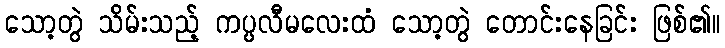
သော့တွဲ သိမ်းသည့် ကပ္ပလီမလေးထံ သော့တွဲ တောင်းနေခြင်း ဖြစ်၏။